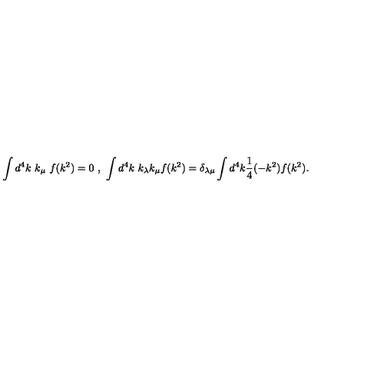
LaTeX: \int d ^ { 4 } k \ k _ { \mu } \ f ( k ^ { 2 } ) = 0 \ , \ \int d ^ { 4 } k \ k _ { \lambda } k _ { \mu } f ( k ^ { 2 } ) = \delta _ { \lambda \mu } \int d ^ { 4 } k \frac { 1 } { 4 } ( - k ^ { 2 } ) f ( k ^ { 2 } ) .